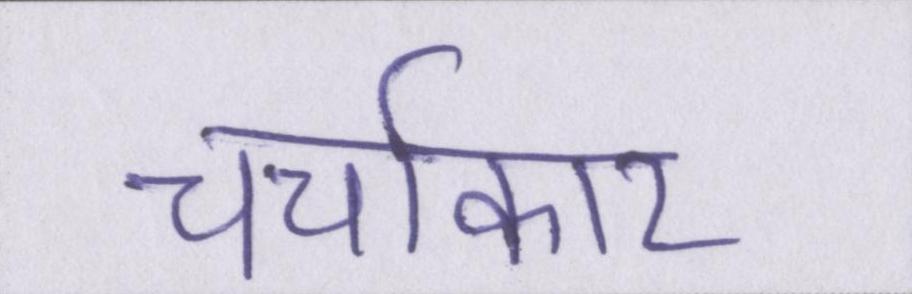
चर्चाकार